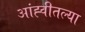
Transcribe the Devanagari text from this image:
आंह्वीतल्या